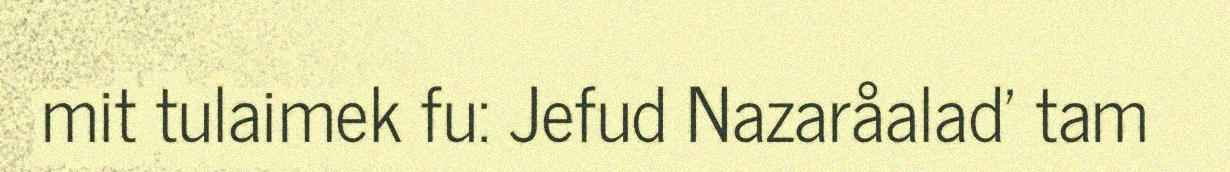
mit tulaimek fu: Jefud Nazaråalad' tam